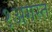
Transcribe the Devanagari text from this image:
१अगस्त